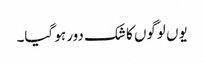
یوں لوگوں کا شک دور ہو گیا۔